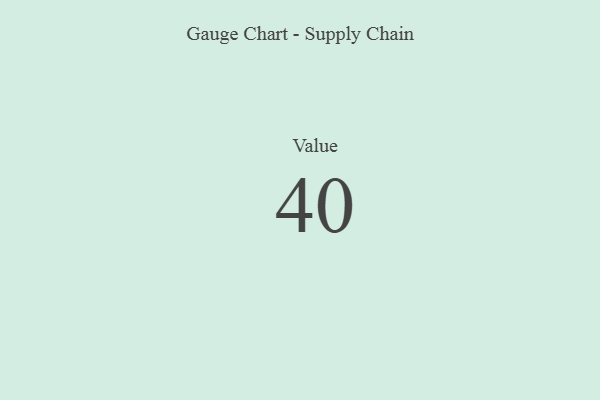
{"axis": {"x": "Metric", "y": "Value"}, "legend": [""], "data": [{"x": "Value", "y": 40, "type": ""}]}